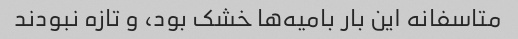
متاسفانه این بار بامیه‌ها خشک بود، و تازه نبودند